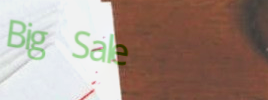
Big Sale